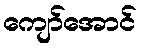
ကျော်အောင်